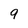
Character: 9